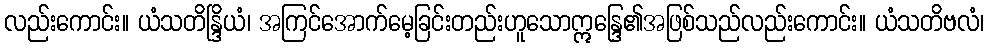
လည်းကောင်း။ ယံသတိန္ဒြိယံ၊ အကြင်အောက်မေ့ခြင်းတည်းဟူသောဣန္ဒြေ၏အဖြစ်သည်လည်းကောင်း။ ယံသတိဗလံ၊